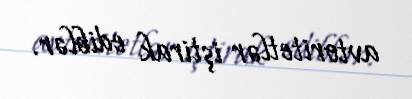
avtoritetlər iştirak ediblər.